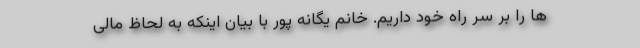
ها را بر سر راه خود داریم. خانم یگانه پور با بیان اینکه به لحاظ مالی